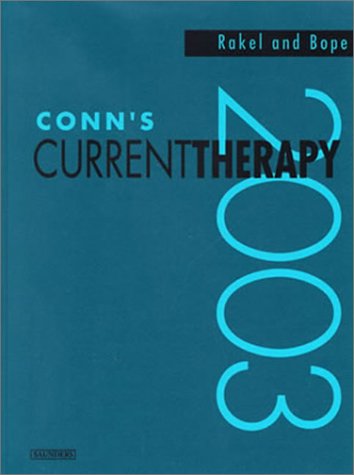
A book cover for Conn's Current Therapy 2003, 1e; Robert E. Rakel; Medical Books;